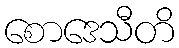
စောဒေသီတိ